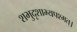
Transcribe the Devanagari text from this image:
शभुदृशाभ्यपश्मत्।